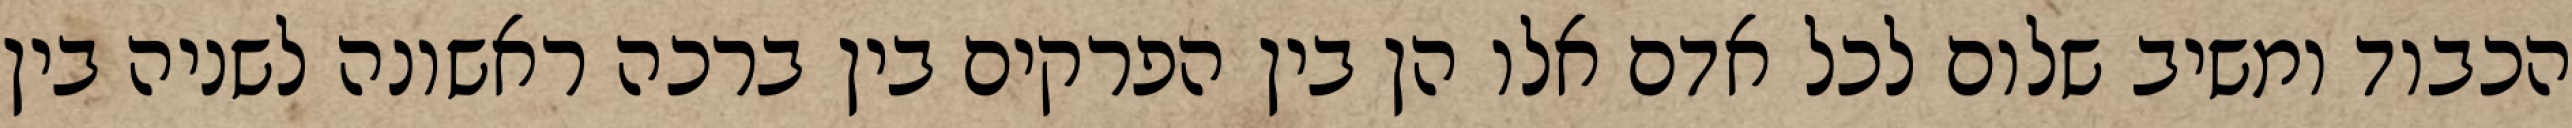
הכבוד ומשיב שלום לכל אדם אלו הן בין הפרקים בין ברכה ראשונה לשניה בין